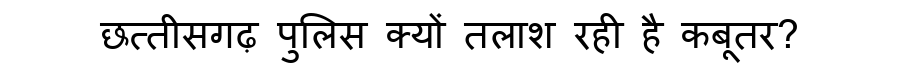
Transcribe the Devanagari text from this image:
छत्तीसगढ़ पुलिस क्यों तलाश रही है कबूतर?